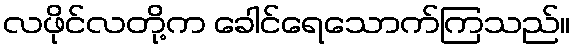
လဖိုင်လတို့က ခေါင်ရေသောက်ကြသည်။